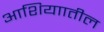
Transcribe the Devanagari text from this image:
आशियाातील